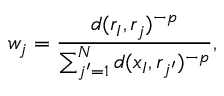
w _ { j } = \frac { d ( r _ { I } , r _ { j } ) ^ { - p } } { \sum _ { j ^ { \prime } = 1 } ^ { N } d ( x _ { I } , r _ { j ^ { \prime } } ) ^ { - p } } ,